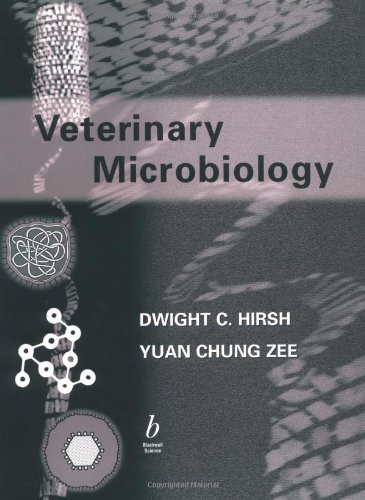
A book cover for Veterinary Microbiology and Immunology; Dwight C Hirsh; Medical Books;